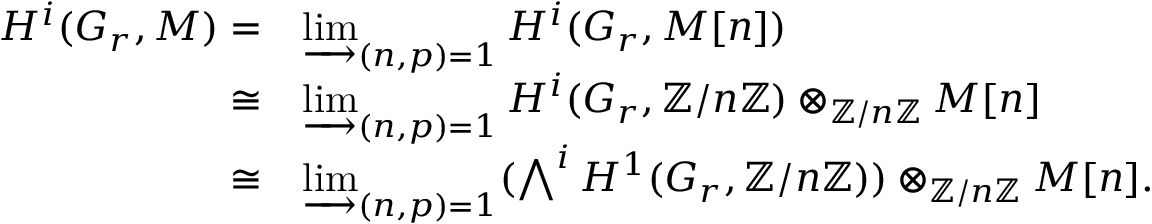
\begin{array} { r l } { H ^ { i } ( G _ { r } , M ) = } & { \varinjlim _ { ( n , p ) = 1 } H ^ { i } ( G _ { r } , M [ n ] ) } \\ { \cong } & { \varinjlim _ { ( n , p ) = 1 } H ^ { i } ( G _ { r } , { \mathbb Z } / n { \mathbb Z } ) \otimes _ { { \mathbb Z } / n { \mathbb Z } } M [ n ] } \\ { \cong } & { \varinjlim _ { ( n , p ) = 1 } ( \bigwedge ^ { i } H ^ { 1 } ( G _ { r } , { \mathbb Z } / n { \mathbb Z } ) ) \otimes _ { { \mathbb Z } / n { \mathbb Z } } M [ n ] . } \end{array}